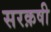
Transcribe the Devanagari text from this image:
सरक़षी